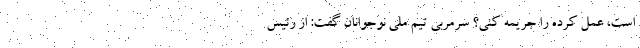
است، عمل کرده را جریمه کنی؟ سرمربی تیم ملی نوجوانان گفت: از رئیس